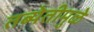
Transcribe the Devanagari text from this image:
तब्येतीमुळे